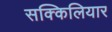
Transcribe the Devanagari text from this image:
सक्किलियार